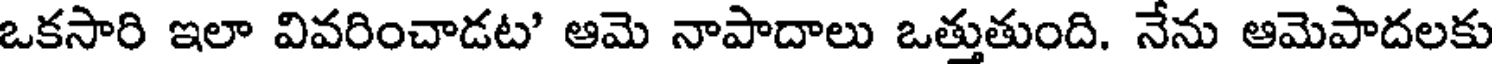
ఒకసారి ఇలా వివరించాడట' ఆమె నాపాదాలు ఒత్తుతుంది. నేను ఆమెపాదలకు